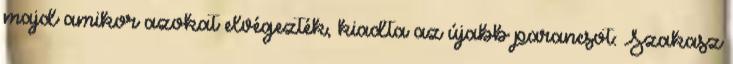
majd amikor azokat elvégezték, kiadta az újabb parancsot: Szakasz